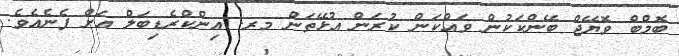
ބޮމްބް ވޮޔޭޖް ބޭންކަކުން ވައްކަން ކުރަން އުޅޭތަން މރ. އިންކްރެޑިބަލް އަށް ފެނެއެވެ.